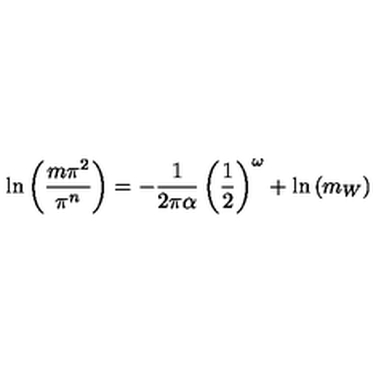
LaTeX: \ln \left( \frac { m \pi ^ { 2 } } { \pi ^ { n } } \right) = - \frac { 1 } { 2 \pi \alpha } \left( \frac { 1 } { 2 } \right) ^ { \omega } + \ln \left( m _ { W } \right)